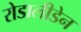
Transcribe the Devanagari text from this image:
रोडालीडेन